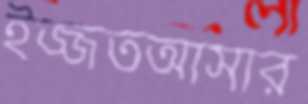
ইজ্জতআসার